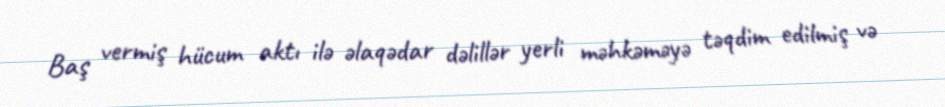
Baş vermiş hücum aktı ilə əlaqədar dəlillər yerli məhkəməyə təqdim edilmiş və